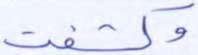
وكشفت